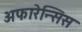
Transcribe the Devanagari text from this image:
अफारेन्सिस